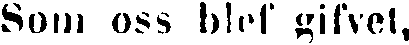
Som oss blef gifvet,